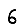
Digit: 6